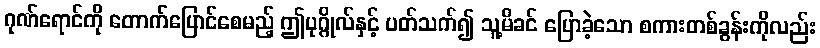
ဂုဏ်ရောင်ကို တောက်ပြောင်စေမည့် ဤပုဂ္ဂိုလ်နှင့် ပတ်သက်၍ သူ့မိခင် ပြောခဲ့သော စကားတစ်ခွန်းကိုလည်း